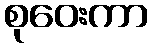
စုဝေးကာ